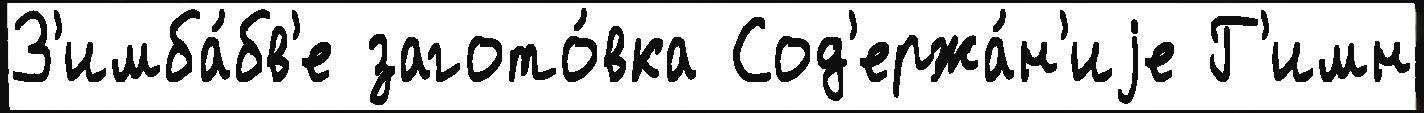
З'имба́бв'е загото́вка Сод'ержа́н'иjе Г'имн